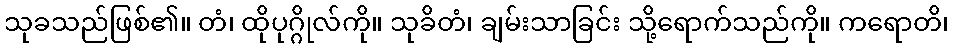
သုခသည်ဖြစ်၏။ တံ၊ ထိုပုဂ္ဂိုလ်ကို။ သုခိတံ၊ ချမ်းသာခြင်း သို့ရောက်သည်ကို။ ကရောတိ၊